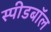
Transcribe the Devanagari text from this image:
स्पीडबॉल